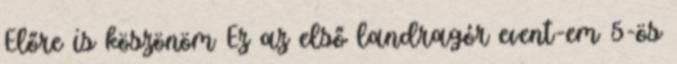
Előre is köszönöm Ez az első landragór event-em 5-ös